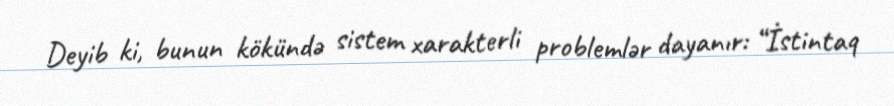
Deyib ki, bunun kökündə sistem xarakterli problemlər dayanır: “İstintaq